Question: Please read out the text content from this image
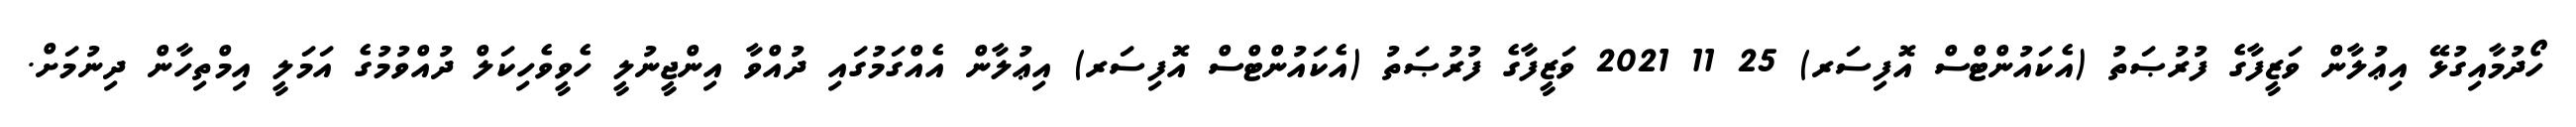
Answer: ހޯދުމާއިގުޅޭ އިޢުލާން ވަޒީފާގެ ފުރުޞަތު (އެކައުންޓްސް އޮފިސަރ) 25 11 2021 ވަޒީފާގެ ފުރުޞަތު (އެކައުންޓްސް އޮފިސަރ) އިޢުލާން އެއްގަމުގައި ދުއްވާ އިންޖީނުލީ ހެވީވެހިކަލް ދުއްވުމުގެ އަމަލީ އިމްތިހާން ދިނުމަށް.